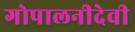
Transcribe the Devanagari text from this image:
गोपालनीदेवी